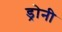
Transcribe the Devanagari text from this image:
ड्रोनी